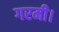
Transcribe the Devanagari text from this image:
गरमी।